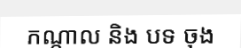
កណ្តាល និង បទ ចុង